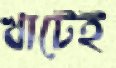
খাটেই